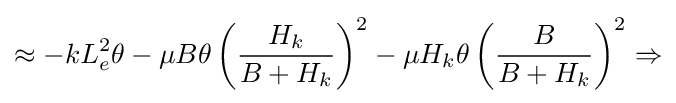
\approx -kL_{e}^{2}\theta -\mu B\theta \left({\frac {H_{k}}{B+H_{k}}}\right)^{2}-\mu H_{k}\theta \left({\frac {B}{B+H_{k}}}\right)^{2}\Rightarrow